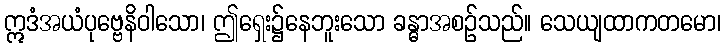
ဣဒံအယံပုဗ္ဗေနိဝါသော၊ ဤရှေး၌နေဘူးသော ခန္ဓာအစဉ်သည်။ သေယျထာကတမော၊